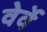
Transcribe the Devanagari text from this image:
वेर्वे